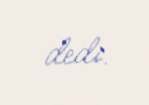
dedi.